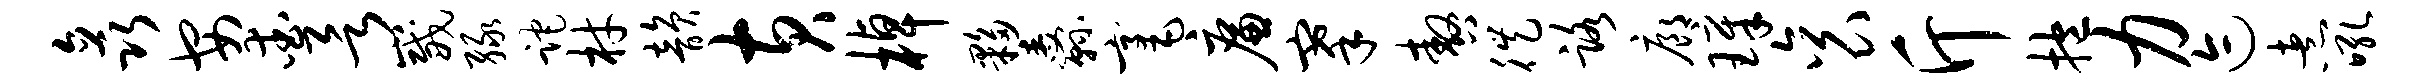
矗安爱欲崴绿跎材韵黄棹夥纛毫廉搴嗷徙路廊璋衮斤抱力迹煮吼